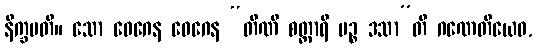
နိက္ခမတိ။ သော ဝေဂေန ဝေဂေန “တီဏိ စတ္တာရိ ပဉ္စ ဒသာ”တိ ဂဏေတိယေဝ,